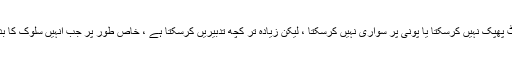
ہر کتا واپس پلٹ پھپک نہیں کرسکتا یا پونی پر سواری نہیں کرسکتا ، لیکن زیادہ تر کچھ تدبیریں کرسکتا ہے ، خاص طور پر جب انہیں سلوک کا بدلہ دیا جاتا ہے۔